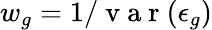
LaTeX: w_{g}=1/\mathrm{~v~a~r~}(\epsilon_{g})